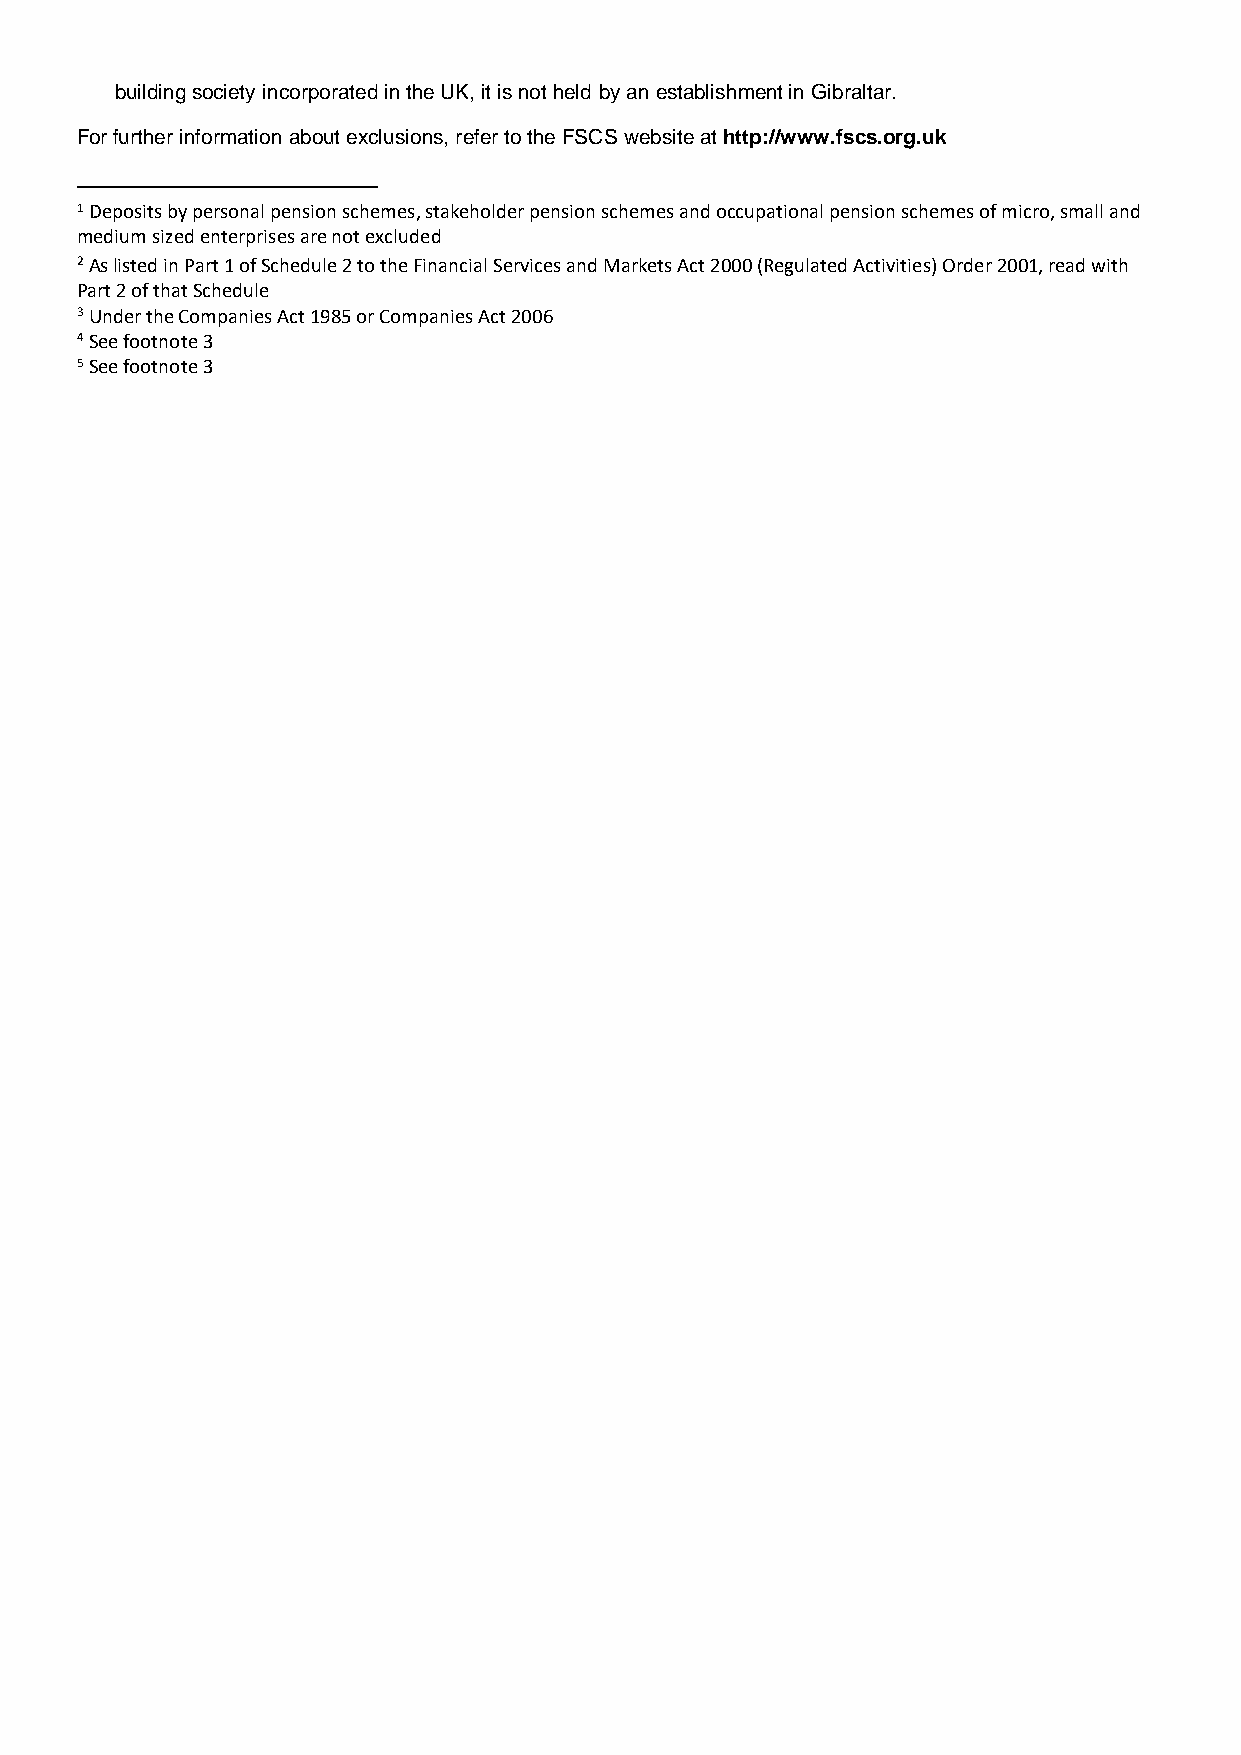
building society incorporated in the UK, it is not held by an establishment in Gibraltar.
 For further information about exclusions, refer to the FSCS website at http://www.fscs.org.uk
 1 Deposits by personal pension schemes, stakeholder pension schemes and occupational pension schemes of micro, small and
 medium sized enterprises are not excluded
 2 As listed in Part 1 of Schedule 2 to the Financial Services and Markets Act 2000 (Regulated Activities) Order 2001, read with
 Part 2 of that Schedule
 3 Under the Companies Act 1985 or Companies Act 2006
 4 See footnote 3
 5 See footnote 3